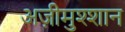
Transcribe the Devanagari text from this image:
अज़ीमुश्शान